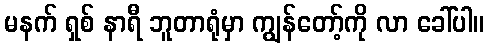
မနက် ရှစ် နာရီ ဘူတာရုံမှာ ကျွန်တော့်ကို လာ ခေါ်ပါ။